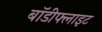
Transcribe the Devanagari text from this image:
बॉडीफ्लाइट